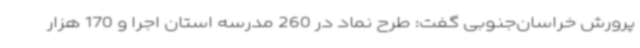
پرورش خراسان‌جنوبی گفت: طرح نماد در 260 مدرسه استان اجرا و 170 هزار